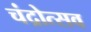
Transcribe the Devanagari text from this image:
चंद्रोत्सव